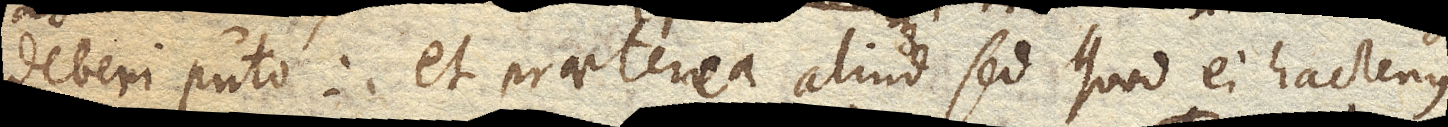
deberi puto, et praeterea aliud sed quod ei hactenus